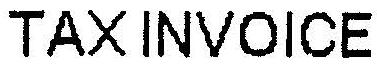
TAXINVOICE